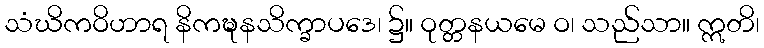
သံဃိကဝိဟာရ နိကဍ္ဎနသိက္ခာပဒေ၊ ၌။ ဝုတ္တနယမေ ဝ၊ သည်သာ။ ဣတိ၊